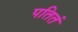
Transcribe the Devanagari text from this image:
पतितं